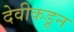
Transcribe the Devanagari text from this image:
देवीकडून